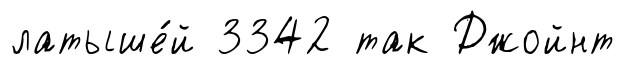
латыше́й 3342 так Джойнт